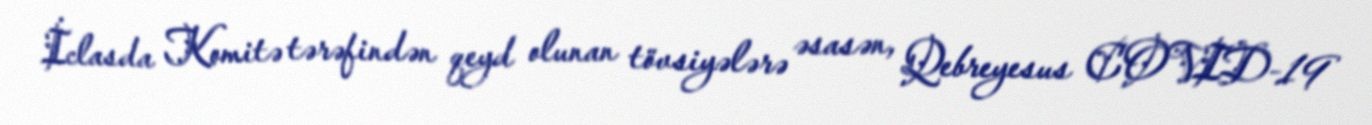
İclasda Komitə tərəfindən qeyd olunan tövsiyələrə əsasən, Qebreyesus COVID-19